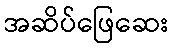
အဆိပ်ဖြေဆေး